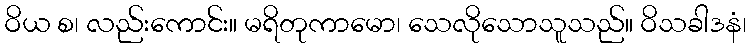
ဝိယ စ၊ လည်းကောင်း။ မရိတုကာမော၊ သေလိုသောသူသည်။ ဝိသခါဒနံ၊